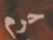
حرم